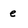
Character: e